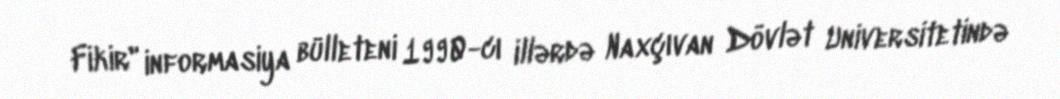
Fikir" informasiya bülleteni 1990-cı illərdə Naxçıvan Dövlət Universitetində